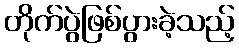
တိုက်ပွဲဖြစ်ပွားခဲ့သည့်